Indian journal of veterinary science and animal husbandry - Volumes 15-17, 1948-1951
Year: 1948
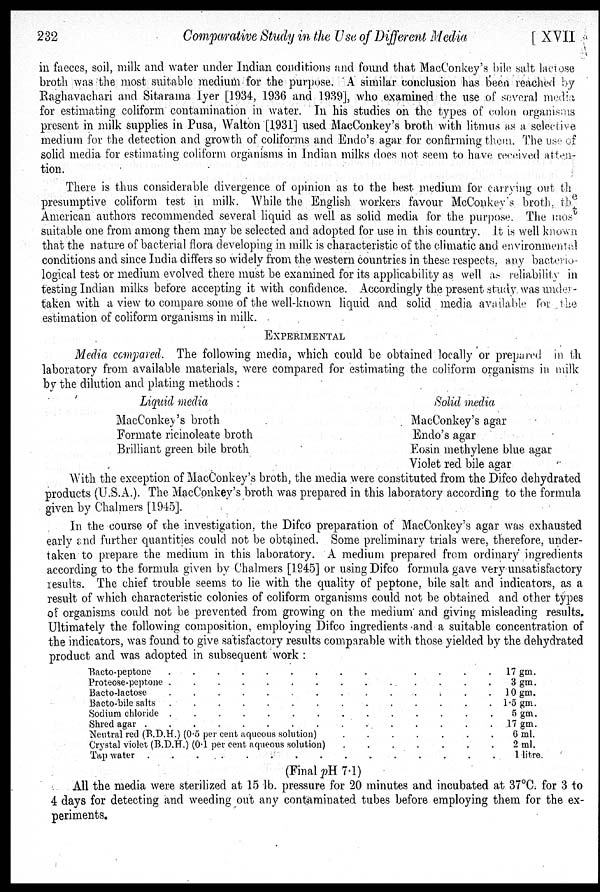
232
Comparative Study in the Use of Different Media
[
XVII
in faeces, soil, milk and water under Indian conditions and found that MacConkey's bile salt lactose
broth was the most suitable medium for the purpose. A similar conclusion has been reached by
Raghavachari and Sitarama Iyer [1934, 1936 and 1939], who examined the use of several media
for estimating coliform contamination in water. In his studies on the types of colon organisms
present in milk supplies in Pusa, Walton [1931] used MacConkey's broth with litmus as a selective
medium for the detection and growth of coliforms and Endo's agar for confirming them. The use of
solid media for estimating coliform organisms in Indian milks does not seem to have received atten-
tion.
There is thus considerable divergence of opinion as to the best medium for carrying out the
presumptive coliform test in milk. While the English workers favour McConkey's broth, the
American authors recommended several liquid as well as solid media for the purpose. The most
suitable one from among them may be selected and adopted for use in this country. It is well known
that the nature of bacterial flora developing in milk is characteristic of the climatic and environmental
conditions and since India differs so widely from the western countries in these respects, any bacterio-
logical test or medium evolved there must be examined for its applicability as well as reliability in
testing Indian milks before accepting it with confidence. Accordingly the present study was under
taken with a view to compare some of the well-known liquid and solid media available for the
estimation of coliform organisms in milk.
EXPERIMENTAL
Media compared. The following media, which could be obtained locally or prepared in th
laboratory from available materials, were compared for estimating the coliform organisms in milk
by the dilution and plating methods :
Liquid media
MacConkey's broth
Formate ricinoleate broth
Brilliant green bile broth
Solid media
MacConkey's agar
Endo's agar
Eosin methylene blue agar
Violet red bile agar
With the exception of MacConkey's broth, the media were constituted from the Difco dehydrated
products (U.S.A.). The MacConkey's broth was prepared in this laboratory according to the formula
given by Chalmers [1945].
In the course of the investigation, the Difco preparation of MacConkey's agar was exhausted
early and further quantities could not be obtained. Some preliminary trials were, therefore, under-
taken to prepare the medium in this laboratory. A medium prepared from ordinary ingredients
according to the formula given by Chalmers [1945] or using Difco formula gave very unsatisfactory
results. The chief trouble seems to lie with the quality of peptone, bile salt and indicators, as a
result of which characteristic colonies of coliform organisms could not be obtained and other types
of organisms could not be prevented from growing on the medium and giving misleading results.
Ultimately the following composition, employing Difco ingredients and a suitable concentration of
the indicators, was found to give satisfactory results comparable with those yielded by the dehydrated
product and was adopted in subsequent work :
Bacto-peptone
.
.
.
.
.
.
.
.
.
.
.
.
.
.
.
Proteose-peptone
.
.
.
.
.
.
.
.
.
.
.
.
.
.
.
Bacto-lactose
.
.
.
.
.
.
.
.
.
.
.
.
.
.
.
Bacto-bile salts
.
.
.
.
.
.
.
.
.
.
.
.
.
.
.
Sodium chloride
.
.
.
.
.
.
.
.
.
.
.
.
.
.
.
Shred agar
.
.
.
.
.
.
.
.
.
.
.
.
.
.
.
Neutral red (B.D.H.) (0.5 per cent aqueous solution)
.
.
.
.
.
.
.
Crystal violet (B.D.H.) (0.1 per cent aqueous solution)
.
.
.
.
.
.
.
Tap water . . . . . . . . . . . . . . . .
17 gm.
3 gm.
10 gm.
1.5 gm.
5 gm.
17 gm.
6 ml.
2 ml.
1 litre.
(Final pH 7.1)
All the media were sterilized at 15 lb. pressure for 20 minutes and incubated at 37°C. for 3 to
4 days for detecting and weeding out any contaminated tubes before employing them for the ex-
periments.